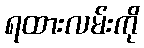
ရထားလမ်းကို